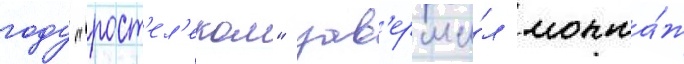
году "рост'ел'еком" зав'ерши́л монта́ж